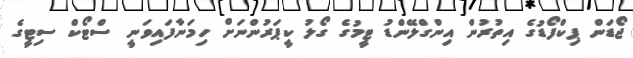
ޖޯޑަން ޕިކްފޯޑުގެ އިތުރުން އިންގްލޭންޑު ޓީމުގެ ގޯލު ކީޕަރުންނަށް ހިމަނާފައިވަނީ ސްޓޯކް ސިޓީގެ